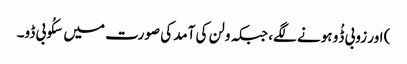
) اور زوبی ڈُو ہونے لگے، جبکہ ولن کی آمد کی صورت میں سکُوبی ڈو۔